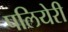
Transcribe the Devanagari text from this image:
पलियेरी